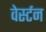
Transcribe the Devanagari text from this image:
वेर्स्टन